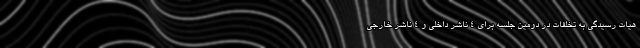
هیات رسیدگی به تخلفات در دومین جلسه برای ۴ ناشر داخلی و ۴ ناشر خارجی